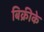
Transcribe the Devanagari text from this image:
बिक्रीके